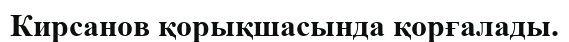
Кирсанов қорықшасында қорғалады.